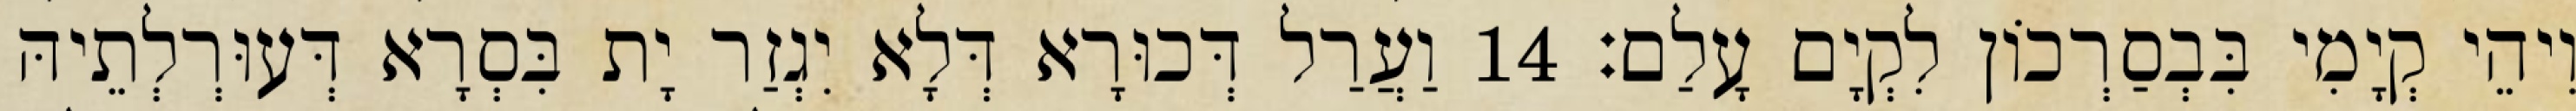
וִיהֵי קְיָמִי בִּבְסַרְכוֹן לִקְיָם עָלַם׃ 14 וַעֲרַל דְּכוּרָא דְּלָא יִגְזַר יָת בִּסְרָא דְּעוּרְלְתֵיהּ